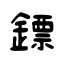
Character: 鏢